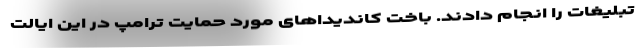
تبلیغات را انجام دادند. باخت کاندیداهای مورد حمایت ترامپ در این ایالت